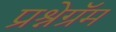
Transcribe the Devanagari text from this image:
प्रश्नेग्रॅम